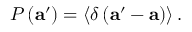
P \left( \mathbf { a } ^ { \prime } \right) = \left\langle \delta \left( \mathbf { a } ^ { \prime } - \mathbf { a } \right) \right\rangle .